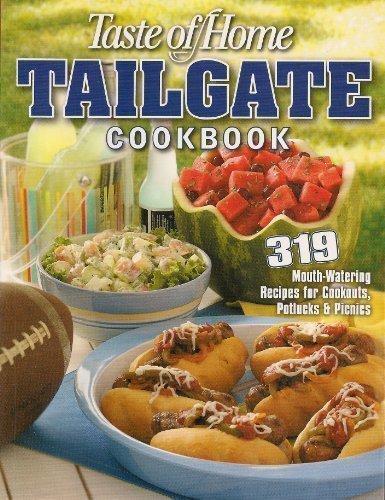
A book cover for Tailgate Cookbook; Taste of Home; Cookbooks, Food & Wine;